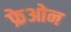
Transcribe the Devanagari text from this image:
फ्रेओन